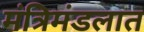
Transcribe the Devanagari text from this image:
मंत्रिमंडलात